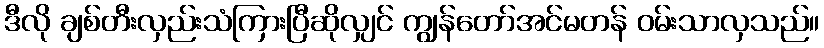
ဒီလို ချစ်တီးလှည်းသံကြားပြီဆိုလျှင် ကျွန်တော်အင်မတန် ဝမ်းသာလှသည်။